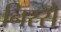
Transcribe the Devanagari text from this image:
निस्से